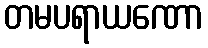
တမပရာယဏော